Veterinary regulations India, 1939 -
Year: 1939
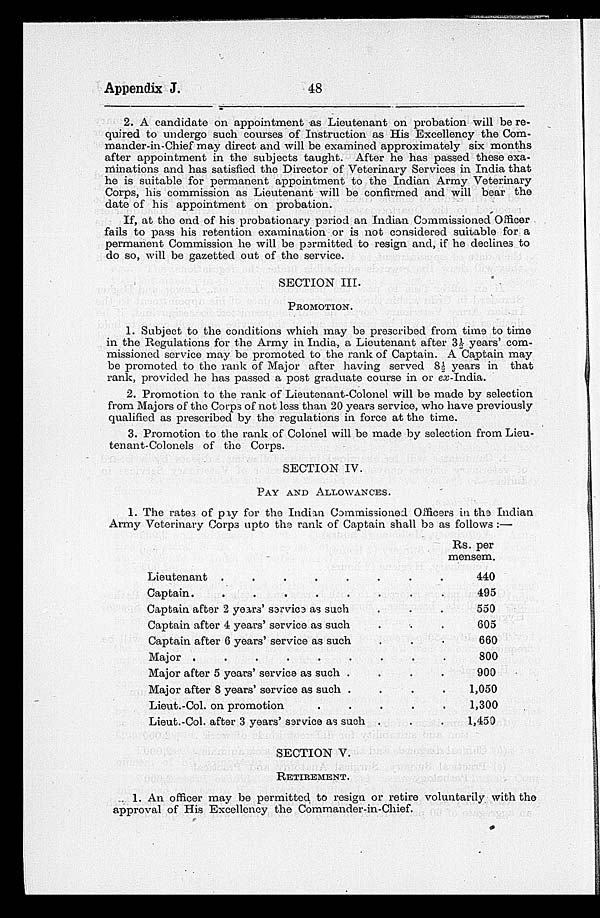
Appendix J.
48
2. A candidate on appointment as Lieutenant on probation will be re-
quired to undergo such courses of Instruction as His Excellency the Com-
mander-in-Chief may direct and will be examined approximately six months
after appointment in the subjects taught. After he has passed these exa-
minations and has satisfied the Director of Veterinary Services in India that
he is suitable for permanent appointment to the Indian Army Veterinary
Corps, his commission as Lieutenant will be confirmed and will bear the
date of his appointment on probation.
If, at the end of his probationary period an Indian Commissioned Officer
fails to pass his retention examination or is not considered suitable for a
permanent Commission he will be permitted to resign and, if he declines to
do so, will be gazetted out of the service.
SECTION III.
PROMOTION.
1. Subject to the conditions which may be prescribed from time to time
in the Regulations for the Army in India, a Lieutenant after 3½ years' com-
missioned service may be promoted to the rank of Captain. A Captain may
be promoted to the rank of Major after having served 8½ years in that
rank, provided he has passed a post graduate course in or ex-India.
2. Promotion to the rank of Lieutenant-Colonel will be made by selection
from Majors of the Corps of not less than 20 years service, who have previously
qualified as prescribed by the regulations in force at the time.
3. Promotion to the rank of Colonel will be made by selection from Lieu-
tenant-Colonels of the Corps.
SECTION IV.
PAY AND ALLOWANCES.
1. The rates of pay for the Indian Commissioned Officers in the Indian
Army Veterinary Corps upto the rank of Captain shall be as follows :—
Lieutenant
.....
Captain.
.....
Captain after 2 years' service as such
Captain after 4 years' service as such
Captain after 6 years' service as such
Major
......
Major after 5 years' service as such .
Major after 8 years' service as such .
Lieut.-Col. on promotion . .
Lieut.-Col. after 3 years' service as such
.
.
.
.
.
.
.
.
.
.
.
.
.
.
.
.
.
.
.
.
.
.
.
.
.
.
.
.
.
.
Rs. per
mensem.
440
495
550
605
660
800
900
1,050
1,300
1,450
SECTION V.
RETIREMENT.
1. An officer may be permitted to resign or retire voluntarily with the
approval of His Excellency the Commander-in-Chief.